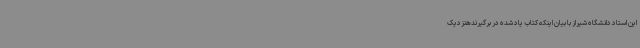
این استاد دانشگاه شیراز با بیان اینکه کتاب یاد شده در برگیرندهنزدیک